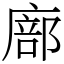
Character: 廍